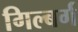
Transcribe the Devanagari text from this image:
गिल्बर्ग